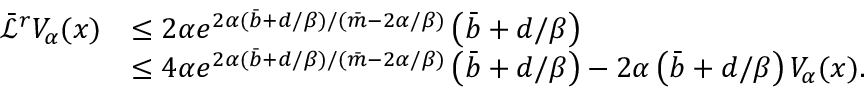
\begin{array} { r l } { \Bar { \mathcal { L } } ^ { r } V _ { \alpha } ( x ) } & { \le 2 \alpha e ^ { 2 \alpha ( \Bar { b } + d / \beta ) / ( \Bar { m } - 2 \alpha / \beta ) } \left( \Bar { b } + d / \beta \right) } \\ & { \le 4 \alpha e ^ { 2 \alpha ( \Bar { b } + d / \beta ) / ( \Bar { m } - 2 \alpha / \beta ) } \left( \Bar { b } + d / \beta \right) - 2 \alpha \left( \Bar { b } + d / \beta \right) V _ { \alpha } ( x ) . } \end{array}